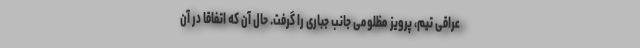
عراقی‌ تیم، پرویز مظلومی جانب جباری را گرفت. حال آن که اتفاقا در آن